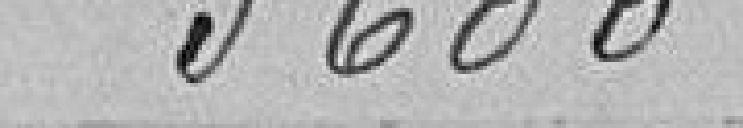
3600